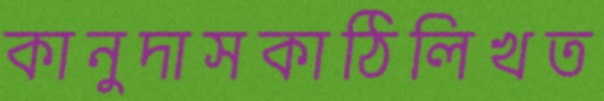
কানুদাসকাঠিলিখত